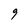
Character: g